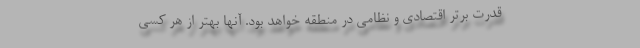
قدرت برتر اقتصادی و نظامی در منطقه خواهد بود. آنها بهتر از هر کسی